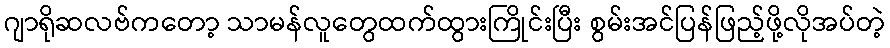
ဂျာရိုဆလဗ်ကတော့ သာမန်လူတွေထက်ထွားကြိုင်းပြီး စွမ်းအင်ပြန်ဖြည့်ဖို့လိုအပ်တဲ့